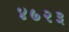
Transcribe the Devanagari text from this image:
४७२३